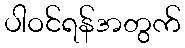
ပါဝင်ရန်အတွက်